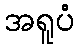
အရူပံ